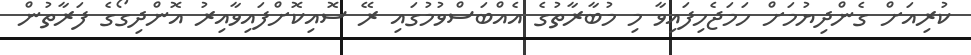
ކުރިއަށް ގެންދިޔުމަށް ހަމަޖެހިފައިވާ މި މުބާރާތުގެ އެއްބަސްވުމުގައި ރޭ ސޮއިކޮށްފައިވާއިރު އޮންދިގޯގެ ފަރާތުން